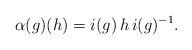
LaTeX: \begin{align*}\alpha(g)(h) = i(g)\, h \, i(g)^{-1} .\end{align*}